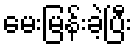
မေးမြန်းခဲ့ပြီး